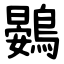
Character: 鷃